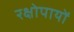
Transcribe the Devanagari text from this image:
रक्षोपायों